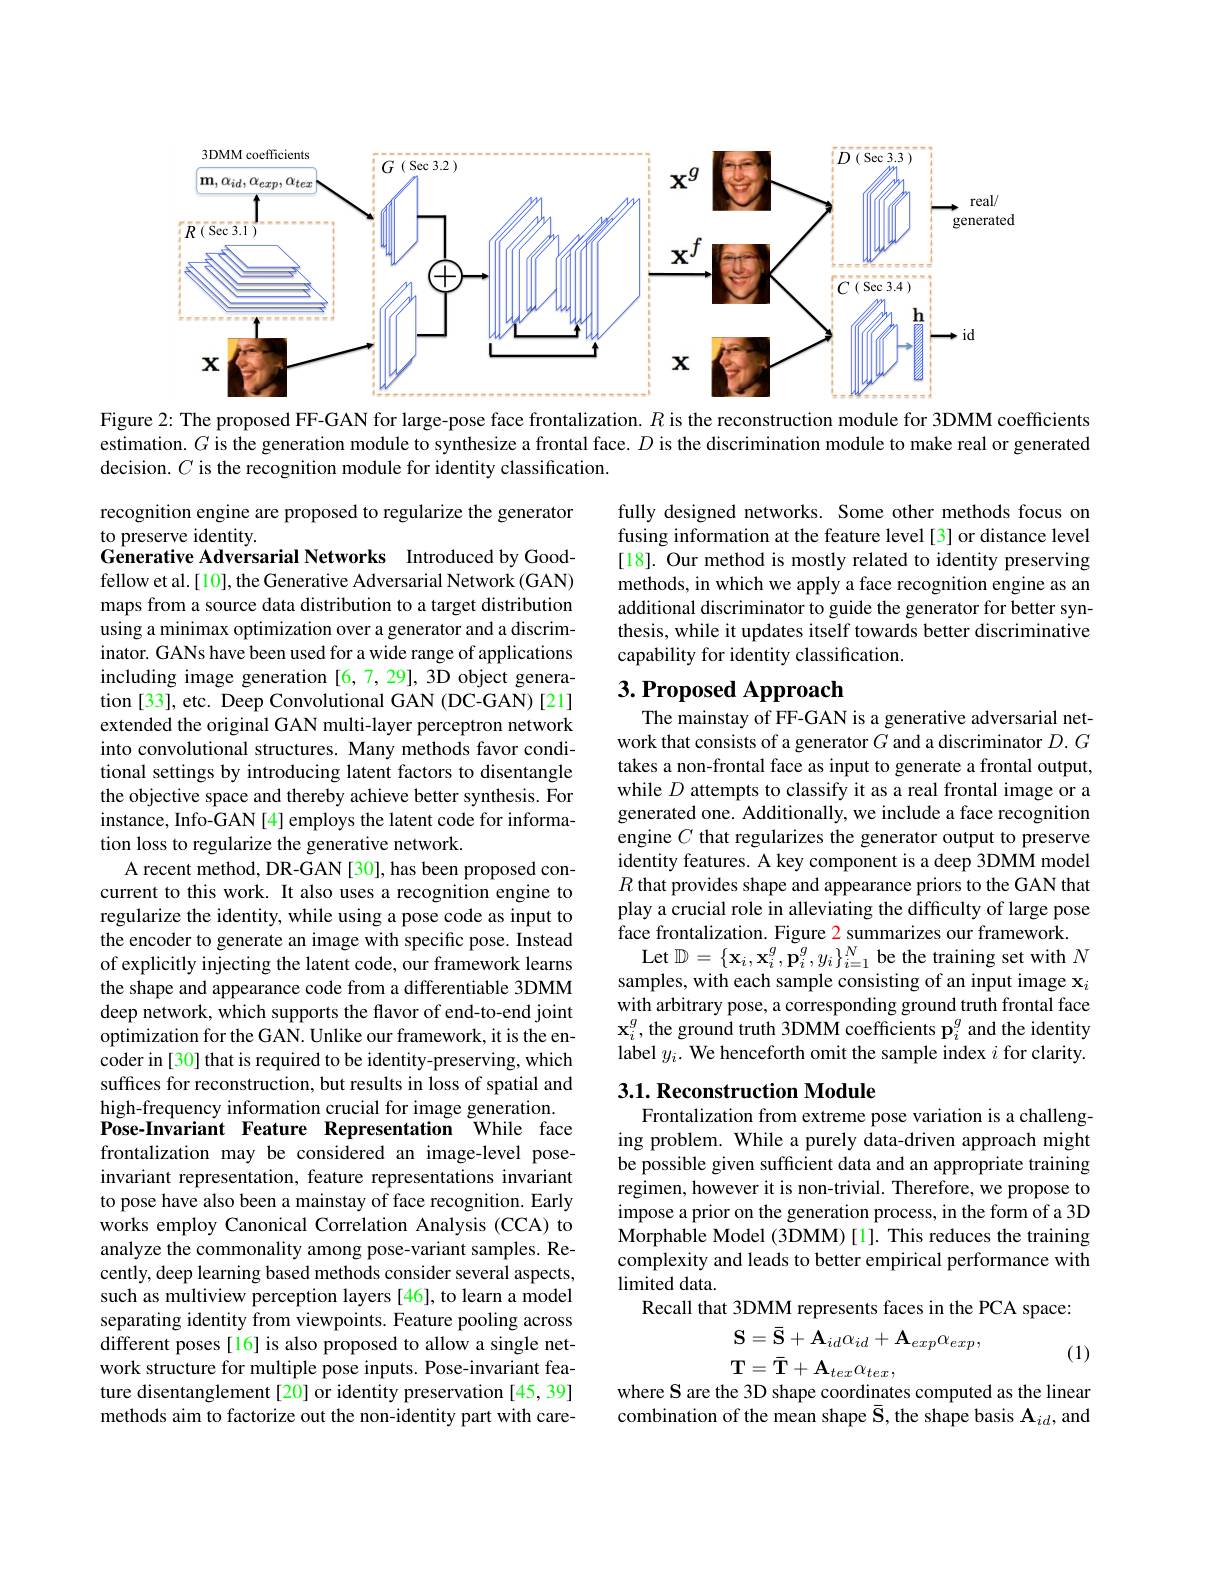
<FigureHere>
Figure 2: The proposed FF-GAN for large-pose face frontalization. $R$ is the reconstruction module for 3DMM coefficients

estimation. $G$ is the generation module to synthesize a frontal face. $D$ is the discrimination module to make real or generated
decision. $C$ is the recognition module for identity classification.

fully designed networks. Some other methods focus on fusing information at the feature level [3] or distance level [18]. Our method is mostly related to identity preserving methods, in which we apply a face recognition engine as an additional discriminator to guide the generator for better synthesis, while it updates itself towards better discriminative capability for identity classification.

# $3. \textbf{ Proposed Approach}$

The mainstay of FF-GAN is a generative adversarial network that consists of a generator $G$ and a discriminator $D.G$ takes a non-frontal face as input to generate a frontal output, while $D$ attempts to classify it as a real frontal image or a generated one. Additionally, we include a face recognition engine $C$ that regularizes the generator output to preserve identity features. A key component is a deep 3DMM model $R$ that provides shape and appearance priors to the GAN that play a crucial role in alleviating the difficulty of large pose face frontalization. Figure 2 summarizes our framework.
Let $\mathbb{D}=\{\mathbf{x}_{i},\mathbf{x}_{i}^{g},\mathbf{p}_{i}^{g},y_{i}\}_{i=1}^{N}$ be the training set with $N$ samples, with each sample consisting of an input image $\mathbf{x}_i$ with arbitrary pose, a corresponding ground truth frontal face $\mathbf{x}_{i}^{g}$,the ground truth 3DMM coefficients $\mathbf{p}_i^{g}$ and the identity label $y_i.$ We henceforth omit the sample index $i$ for clarity.

recognition engine are proposed to regularize the generator
to preserve identity.
Generative Adversarial Networks Introduced by Goodfellow et al.[10], the Generative Adversarial Network (GAN) maps from a source data distribution to a target distribution using a minimax optimization over a generator and a discriminator. GANs have been used for a wide range of applications including image generation [6,7,29], 3D object generation [33], etc. Deep Convolutional GAN (DC-GAN) [21] extended the original GAN multi-layer perceptron network into convolutional structures. Many methods favor conditional settings by introducing latent factors to disentangle the objective space and thereby achieve better synthesis. For instance, Info-GAN [4] employs the latent code for information loss to regularize the generative network.
A recent method, DR-GAN [30], has been proposed concurrent to this work. It also uses a recognition engine to regularize the identity, while using a pose code as input to the encoder to generate an image with specific pose. Instead of explicitly injecting the latent code, our framework learns the shape and appearance code from a differentiable 3DMM deep network, which supports the flavor of end-to-end joint optimization for the GAN. Unlike our framework, it is the encoder in [30] that is required to be identity-preserving, which suffices for reconstruction, but results in loss of spatial and high-frequency information crucial for image generation. Pose-Invariant Feature Representation While face frontalization may be considered an image-level poseinvariant representation, feature representations invariant to pose have also been a mainstay of face recognition. Early works employ Canonical Correlation Analysis (CCA) to analyze the commonality among pose-variant samples. Recently, deep learning based methods consider several aspects, such as multiview perception layers [46], to learn a model separating identity from viewpoints. Feature pooling across different poses[16] is also proposed to allow a single network structure for multiple pose inputs. Pose-invariant feature disentanglement[20] or identity preservation [45,39] methods aim to factorize out the non-identity part with care-

### $3. 1. \textbf{Reconstruction Module}$

Frontalization from extreme pose variation is a challenging problem. While a purely data-driven approach might be possible given sufficient data and an appropriate training regimen, however it is non-trivial. Therefore, we propose to impose a prior on the generation process, in the form of a 3D $\hat{\text{Morphable Model }(3\mathbf{DMM})[1]}.$This reduces the training complexity and leads to better empirical performance with $limiteddata.$
Recall that 3DMM represents faces in the PCA space:
$$\begin{aligned}&\mathbf{S}=\mathbf{\bar{S}}+\mathbf{A}_{id}\alpha_{id}+\mathbf{A}_{exp}\alpha_{exp},\\&\mathbf{T}=\mathbf{\bar{T}}+\mathbf{A}_{tex}\alpha_{tex},\\&\text{he 3D shane coordinates comnute}\end{aligned}$$
where S are the 3D shape coordinates computed as the linear

(1)

combination of the mean shape $\bar{\mathbf{S}}$,the shape basis $\mathbf{A}_{id}$, and